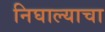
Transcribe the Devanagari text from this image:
निघाल्याचा